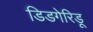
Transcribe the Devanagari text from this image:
डिडगेरिडू